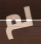
لم